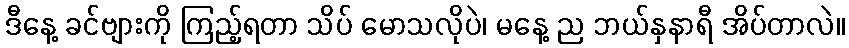
ဒီနေ့ ခင်ဗျားကို ကြည့်ရတာ သိပ် မောသလိုပဲ၊ မနေ့ ည ဘယ်နှနာရီ အိပ်တာလဲ။